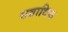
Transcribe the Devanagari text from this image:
सव्राधिक